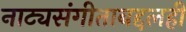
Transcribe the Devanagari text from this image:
नाट्यसंगीताबद्दलही